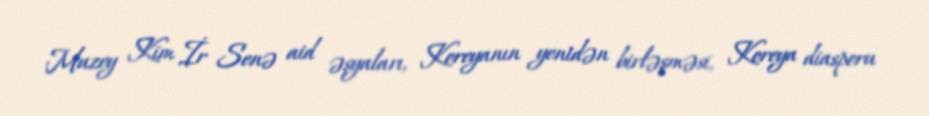
Muzey Kim İr Senə aid əşyaları, Koreyanın yenidən birləşməsi, Koreya diasporu